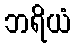
ဘရိယံ